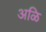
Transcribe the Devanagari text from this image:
अळि